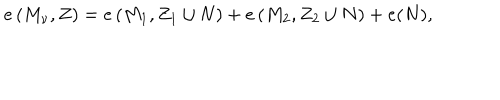
e \left( M _ { \nu } , Z \right) = e \left( M _ { 1 } , Z _ { 1 } \cup N \right) + e \left( M _ { 2 } , Z _ { 2 } \cup N \right) + e ( N ) ,